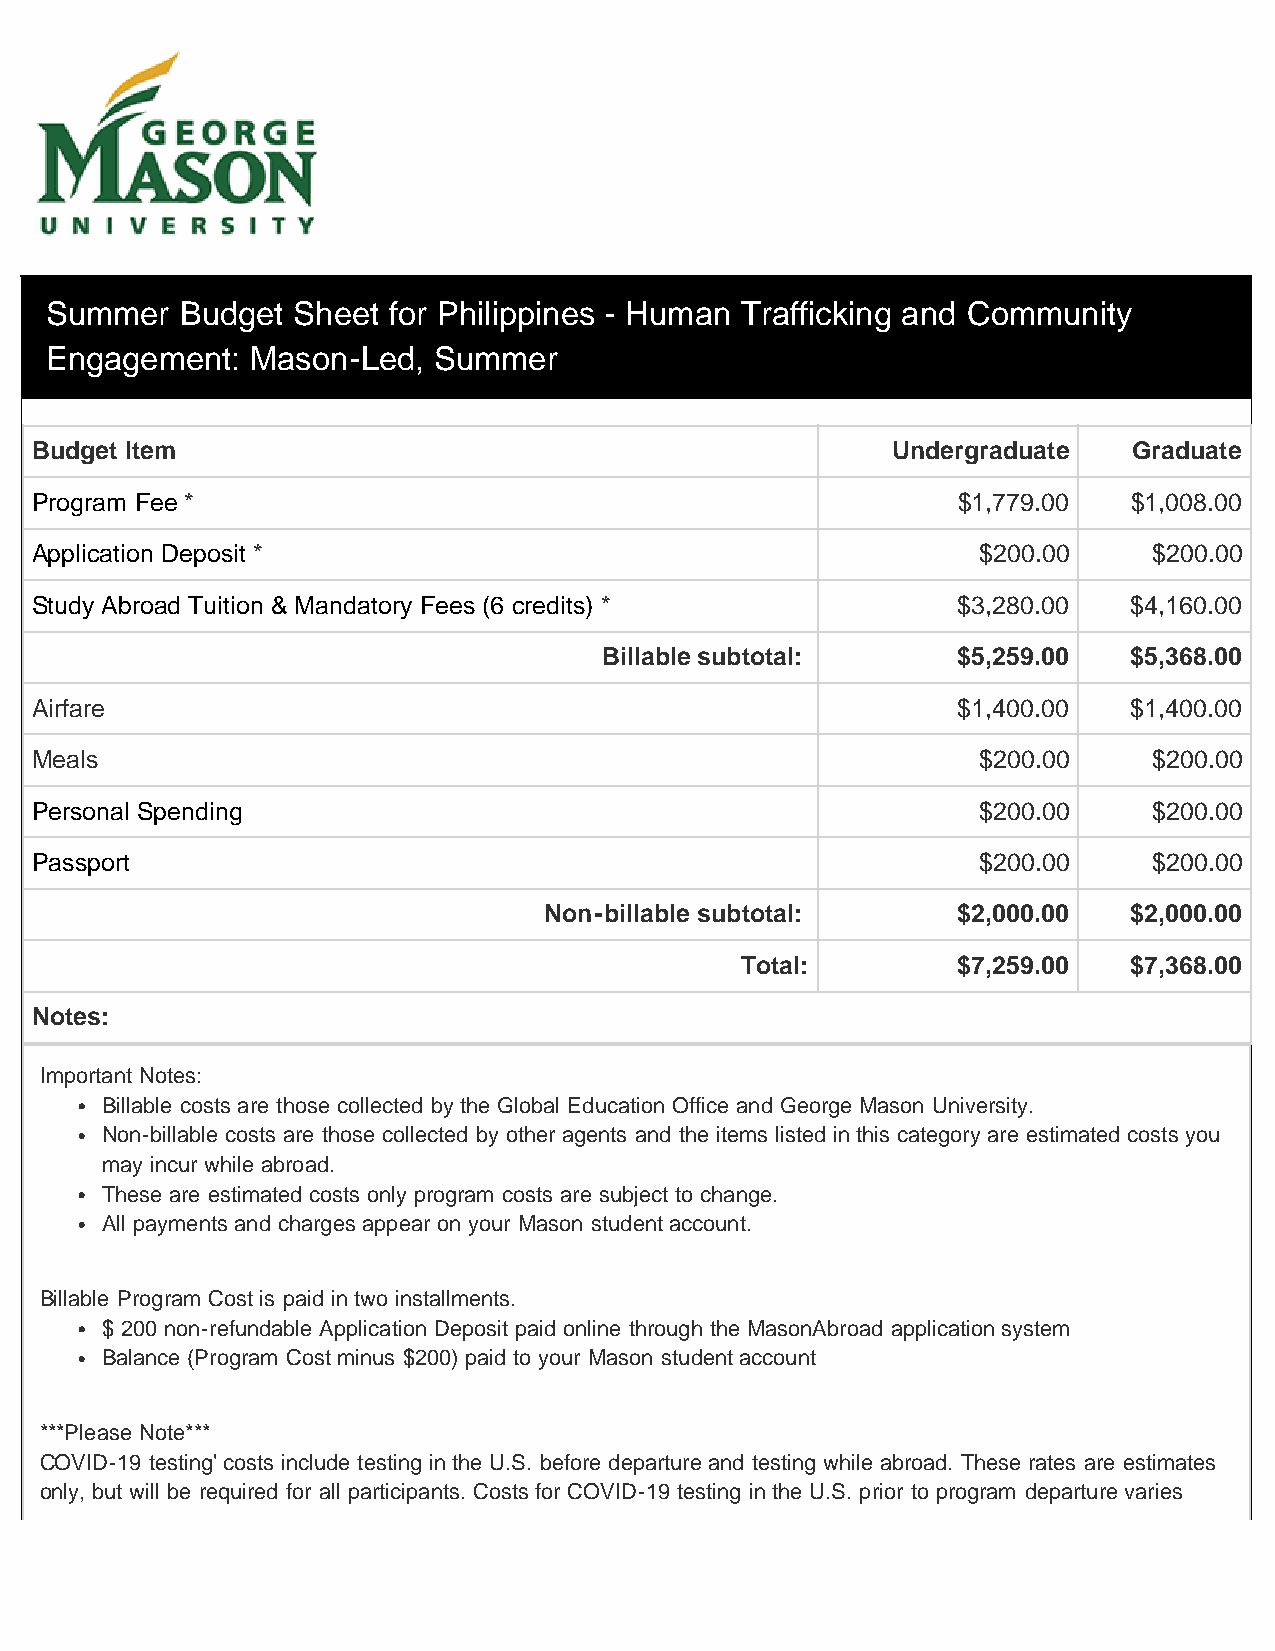
Summer   Budget Sheet  for Philippines - Human Trafficking and Community
 Engagement:   Mason-Led,  Summer
 Budget Item                                              Undergraduate   Graduate
 Program Fee *                                                $1,779.00   $1,008.00
 Application Deposit *                                          $200.00    $200.00
 Study Abroad Tuition & Mandatory Fees (6 credits) *          $3,280.00   $4,160.00
 Billable subtotal:     $5,259.00   $5,368.00
 Airfare                                                      $1,400.00   $1,400.00
 Meals                                                          $200.00    $200.00
 Personal Spending                                              $200.00    $200.00
 Passport                                                       $200.00    $200.00
 Non-billable subtotal:     $2,000.00   $2,000.00
 Total:        $7,259.00   $7,368.00
 Notes:
 Important Notes:
 Billable costs are those collected by the Global Education Office and George Mason University.
 Non-billable costs are those collected by other agents and the items listed in this category are estimated costs you
 may incur while abroad.
 These are estimated costs only program costs are subject to change.
 All payments and charges appear on your Mason student account.
 Billable Program Cost is paid in two installments.
 $ 200 non-refundable Application Deposit paid online through the MasonAbroad application system
 Balance (Program Cost minus $200) paid to your Mason student account
 ***Please Note***
 COVID-19 testing' costs include testing in the U.S. before departure and testing while abroad. These rates are estimates
 only, but will be required for all participants. Costs for COVID-19 testing in the U.S. prior to program departure varies